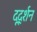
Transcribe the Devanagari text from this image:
दूर्द्शन